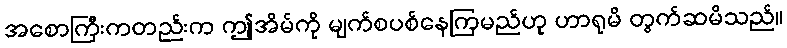
အစောကြီးကတည်းက ဤအိမ်ကို မျက်စပစ်နေကြမည်ဟု ဟာရုမိ တွက်ဆမိသည်။